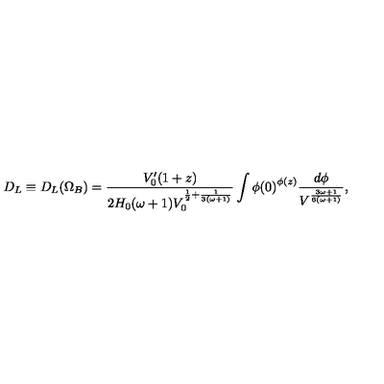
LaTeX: D _ { L } \equiv D _ { L } ( \Omega _ { B } ) = \frac { V _ { 0 } ^ { \prime } ( 1 + z ) } { 2 H _ { 0 } ( \omega + 1 ) V _ { 0 } ^ { \frac { 1 } { 2 } + \frac { 1 } { 3 ( \omega + 1 ) } } } \int { \phi ( 0 ) } ^ { \phi ( z ) } \frac { d \phi } { V ^ { \frac { 3 \omega + 1 } { 6 ( \omega + 1 ) } } } ,